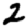
Digit: 2